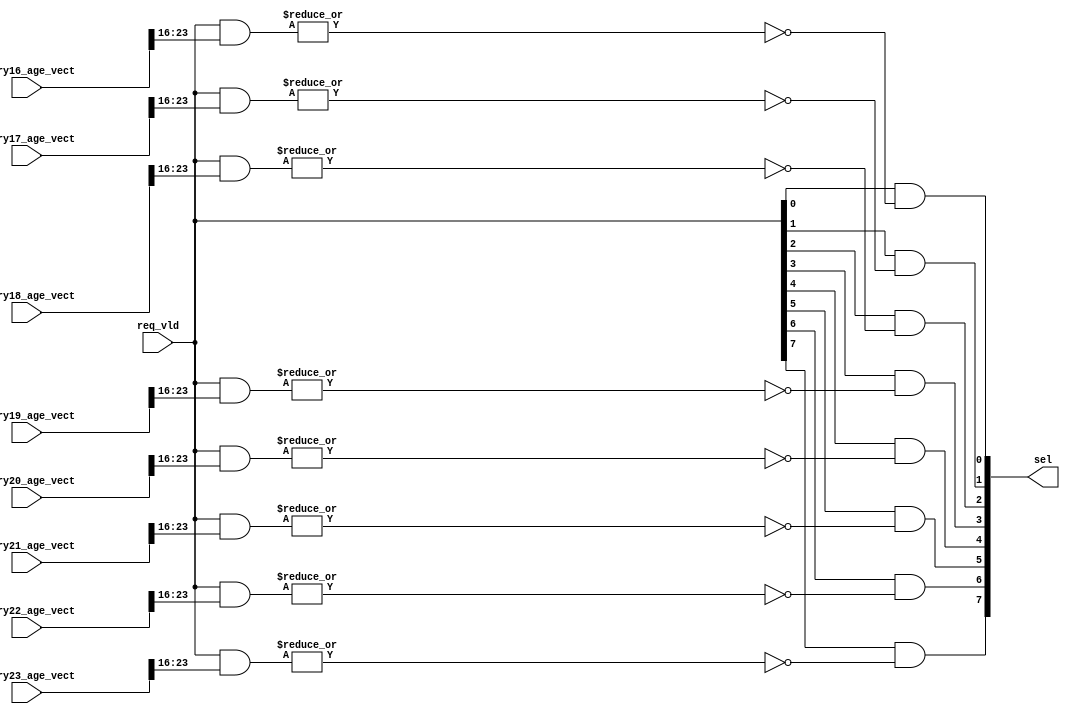
/*Copyright 2019-2021 T-Head Semiconductor Co., Ltd.

Licensed under the Apache License, Version 2.0 (the "License");
you may not use this file except in compliance with the License.
You may obtain a copy of the License at

    http://www.apache.org/licenses/LICENSE-2.0

Unless required by applicable law or agreed to in writing, software
distributed under the License is distributed on an "AS IS" BASIS,
WITHOUT WARRANTIES OR CONDITIONS OF ANY KIND, either express or implied.
See the License for the specific language governing permissions and
limitations under the License.
*/

// &ModuleBeg; @18
module ct_ciu_snb_dp_sel_8(
  entry16_age_vect,
  entry17_age_vect,
  entry18_age_vect,
  entry19_age_vect,
  entry20_age_vect,
  entry21_age_vect,
  entry22_age_vect,
  entry23_age_vect,
  req_vld,
  sel
);

// &Ports; @19
input   [23:0]  entry16_age_vect; 
input   [23:0]  entry17_age_vect; 
input   [23:0]  entry18_age_vect; 
input   [23:0]  entry19_age_vect; 
input   [23:0]  entry20_age_vect; 
input   [23:0]  entry21_age_vect; 
input   [23:0]  entry22_age_vect; 
input   [23:0]  entry23_age_vect; 
input   [7 :0]  req_vld;         
output  [7 :0]  sel;             

// &Regs; @20

// &Wires; @21
wire    [23:0]  entry16_age_vect; 
wire    [23:0]  entry17_age_vect; 
wire    [23:0]  entry18_age_vect; 
wire    [23:0]  entry19_age_vect; 
wire    [23:0]  entry20_age_vect; 
wire    [23:0]  entry21_age_vect; 
wire    [23:0]  entry22_age_vect; 
wire    [23:0]  entry23_age_vect; 
wire    [7 :0]  req_vld;         
wire    [7 :0]  sel;             


// &Force("bus", "entry16_age_vect", 23,0); @23
// &Force("bus", "entry17_age_vect", 23,0); @24
// &Force("bus", "entry18_age_vect", 23,0); @25
// &Force("bus", "entry19_age_vect", 23,0); @26
// &Force("bus", "entry20_age_vect", 23,0); @27
// &Force("bus", "entry21_age_vect", 23,0); @28
// &Force("bus", "entry22_age_vect", 23,0); @29
// &Force("bus", "entry23_age_vect", 23,0); @30

parameter DEPTH = 8;

assign sel[0] = req_vld[0] && !(|(req_vld[DEPTH-1:0] & entry16_age_vect[23:16]));
assign sel[1] = req_vld[1] && !(|(req_vld[DEPTH-1:0] & entry17_age_vect[23:16]));
assign sel[2] = req_vld[2] && !(|(req_vld[DEPTH-1:0] & entry18_age_vect[23:16]));
assign sel[3] = req_vld[3] && !(|(req_vld[DEPTH-1:0] & entry19_age_vect[23:16]));
assign sel[4] = req_vld[4] && !(|(req_vld[DEPTH-1:0] & entry20_age_vect[23:16]));
assign sel[5] = req_vld[5] && !(|(req_vld[DEPTH-1:0] & entry21_age_vect[23:16]));
assign sel[6] = req_vld[6] && !(|(req_vld[DEPTH-1:0] & entry22_age_vect[23:16]));
assign sel[7] = req_vld[7] && !(|(req_vld[DEPTH-1:0] & entry23_age_vect[23:16]));

// &ModuleEnd; @43
endmodule